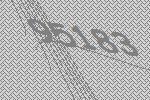
95183